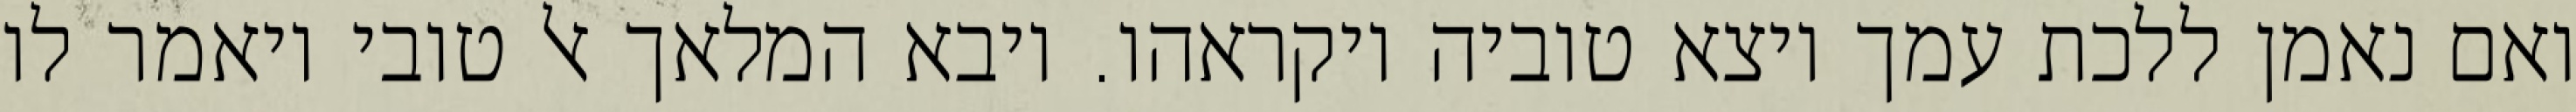
ואם נאמן ללכת עמך ויצא טוביה ויקראהו. ויבא המלאך אל טובי ויאמר לו